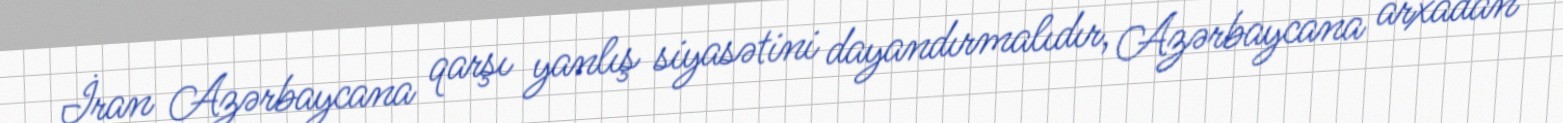
İran Azərbaycana qarşı yanlış siyasətini dayandırmalıdır, Azərbaycana arxadan